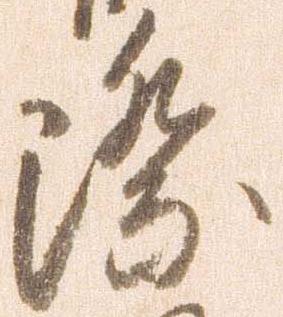
際